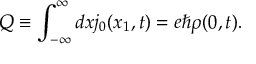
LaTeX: Q \equiv \int _ { - \infty } ^ { \infty } d x j _ { 0 } ( x _ { 1 } , t ) = e { \hbar } { \rho } ( 0 , t ) .